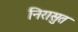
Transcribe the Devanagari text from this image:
निरासुत